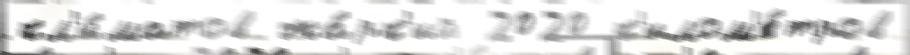
кл'и́матов жа́рк'ий 2020 к'илом'е́тров